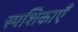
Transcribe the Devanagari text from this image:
स्पशिकाएँ